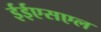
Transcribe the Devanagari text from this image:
ईईएसएल